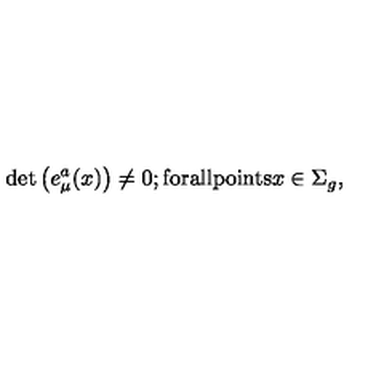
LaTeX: \mathrm { d e t } \left( e _ { \mu } ^ { a } ( x ) \right) \neq 0 ; \mathrm { f o r a l l p o i n t s } x \in \Sigma _ { g } ,